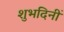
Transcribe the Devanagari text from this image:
शुभदिनीं